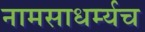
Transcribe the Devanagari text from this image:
नामसाधर्म्यच